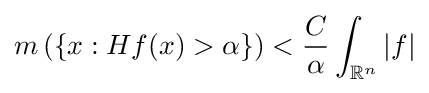
m\left(\{x:Hf(x)>\alpha \}\right)<{\frac {C}{\alpha }}\int _{\mathbb {R} ^{n}}|f|